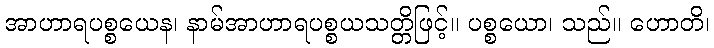
အာဟာရပစ္စယေန၊ နာမ်အာဟာရပစ္စယသတ္တိဖြင့်။ ပစ္စယော၊ သည်။ ဟောတိ၊